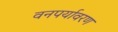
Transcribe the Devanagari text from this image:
वनपर्यावरण